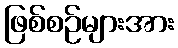
ဖြစ်စဉ်များအား